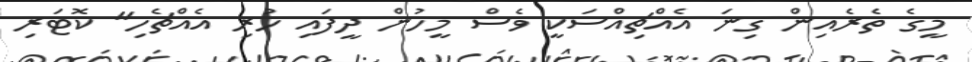
މީގެ ތެރެއިން ގިނަ އެއްޗިއްސަކީ ވެސް މީހުން ދީފައި ހުރި އެއްޗެހި" ކޮޓަރި